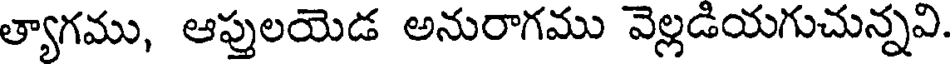
త్యాగము, ఆప్తులయెడ అనురాగము వెల్లడియగుచున్నవి.